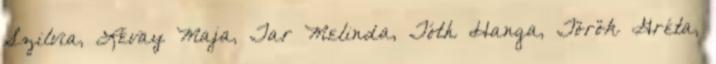
Szilvia, Lévay Maja, Tar Melinda, Tóth Hanga, Török Gréta,